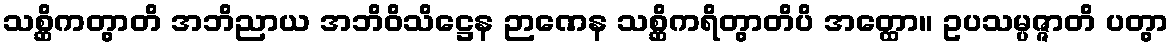
သစ္ဆိကတွာတိ အဘိညာယ အဘိဝိသိဋ္ဌေန ဉာဏေန သစ္ဆိကရိတွာတိပိ အတ္ထော။ ဥပသမ္ပဇ္ဇာတိ ပတွာ